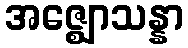
အဇ္ဈောသန္နာ